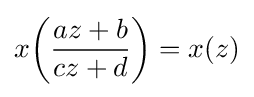
x\!\left({\frac {az+b}{cz+d}}\right)=x(z)